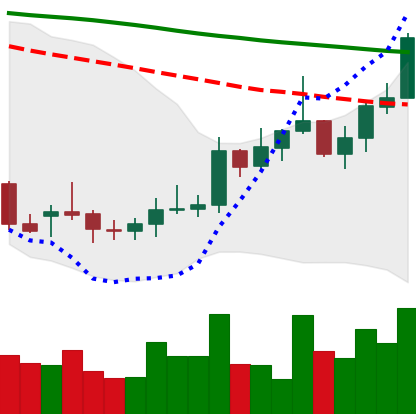
Ticker: XMR-USD
Chart end date: 2022-01-01
Forward return: -18.45%
Label: down_7plus